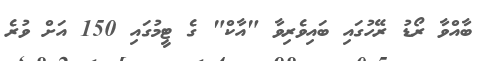
ބާއްވާ ރޯޑު ރޭހުގައި ބައިވެރިވާ "އާކް" ގެ ޓީމުގައި 150 އަށް ވުރެ